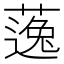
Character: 𱾠